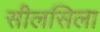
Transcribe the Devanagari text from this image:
सीलसिला